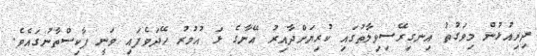
ދިރިއުޅުން މިވަގުތު އިނގިރޭސިވިލާތުގައި ކުރިޔަށްދާއިރު އޭނާގެ ޅަ އުމުރު ހޭދަވެފައި ވަނީ ޕާކިސްތާނުގައެވެ.